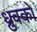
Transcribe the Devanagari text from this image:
ध्रुवको